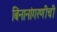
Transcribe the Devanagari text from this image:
बिनानांगरणीची